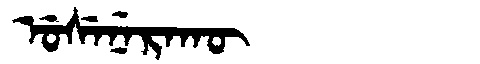
Manchu: ᡠᠰᡝᠨᡝᡵᠠᡴᡡ
Romanization: USENERAKŪ